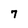
Character: 7